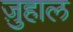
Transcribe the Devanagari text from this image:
ज़ुहाल